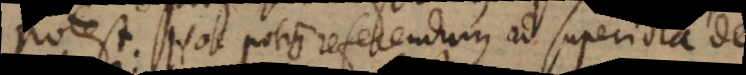
potest. Hoc potius referendum ad superiora de